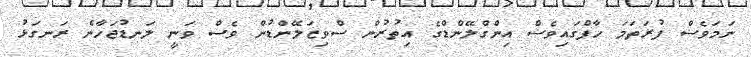
ނަމަވެސް ފުރަތަމަ ހާފްގައިވެސް އިންގްލޭންޑްގެ އިތުރުން ސްވިޒަލޭންޑުން ވެސް ވަނީ ލަނޑުޖަހާނެ ރަނގަޅު